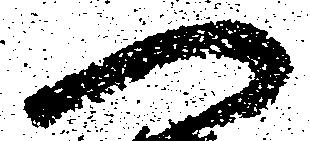
へ